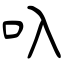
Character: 叺